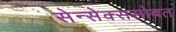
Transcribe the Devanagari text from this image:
सेन्सेक्ससोबत